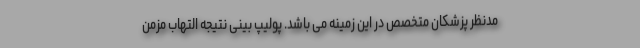
مدنظر پزشکان متخصص در این زمینه می باشد. پولیپ بینی نتیجه التهاب مزمن